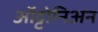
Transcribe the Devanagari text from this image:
ऑट्टोनिअन